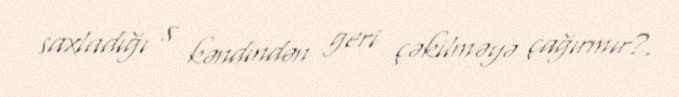
saxladığı 8 kəndindən geri çəkilməyə çağırmır?.